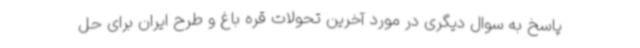
پاسخ به سوال دیگری در مورد آخرین تحولات قره باغ و طرح ایران برای حل